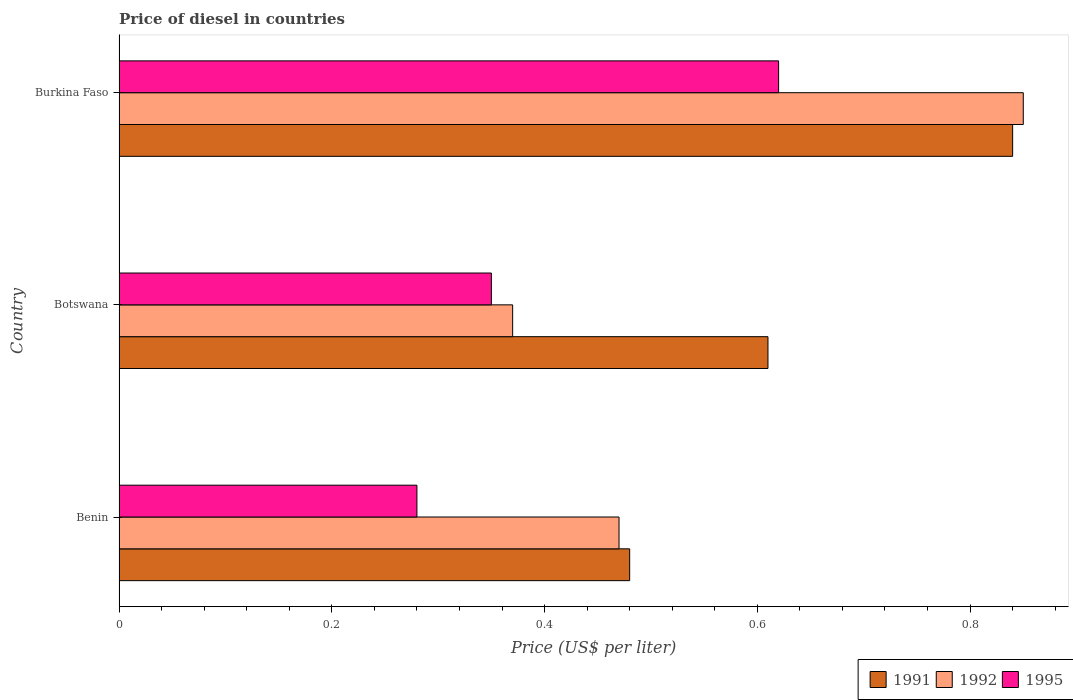
| Country | 1991 | 1992 | 1995 |
 | --- | --- | --- | --- |
 | Benin | 0.48 | 0.47 | 0.28 |
 | Botswana | 0.61 | 0.37 | 0.35 |
 | Burkina Faso | 0.84 | 0.85 | 0.62 |